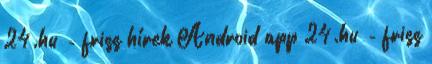
24.hu - friss hírek Android app 24.hu - friss